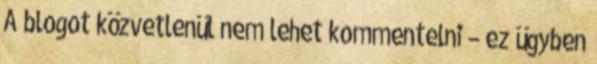
A blogot közvetlenül nem lehet kommentelni – ez ügyben